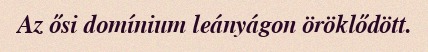
Az ősi domínium leányágon öröklődött.